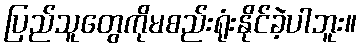
ပြည်သူတွေကိုမစည်းရုံးနိုင်ခဲ့ပါဘူး။